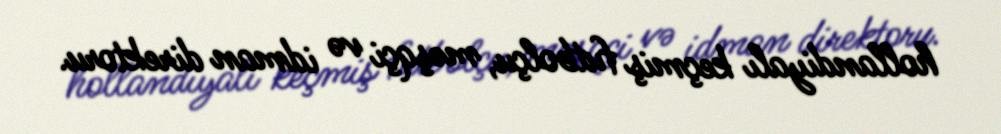
hollandiyalı keçmiş futbolçu, məşqçi və idman direktoru.